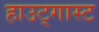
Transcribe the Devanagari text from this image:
हाउट्गास्ट